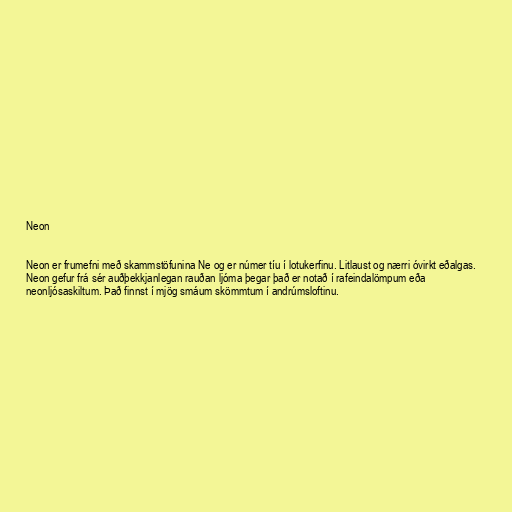
Neon

Neon er frumefni með skammstöfunina Ne og er númer tíu í lotukerfinu. Litlaust og nærri óvirkt eðalgas.
Neon gefur frá sér auðþekkjanlegan rauðan ljóma þegar það er notað í rafeindalömpum eða
neonljósaskiltum. Það finnst í mjög smáum skömmtum í andrúmsloftinu.